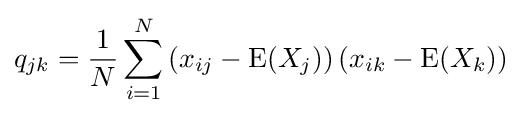
q_{jk}={\frac {1}{N}}\sum _{i=1}^{N}\left(x_{ij}-\operatorname {E} (X_{j})\right)\left(x_{ik}-\operatorname {E} (X_{k})\right)